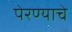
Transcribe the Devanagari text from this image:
पेरण्याचे